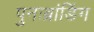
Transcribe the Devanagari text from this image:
पुनःब्रांडिंग